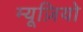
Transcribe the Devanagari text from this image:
म्यूज़ियो